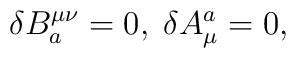
\delta B_a^{\mu \nu }=0,\;\delta A_\mu ^a=0,